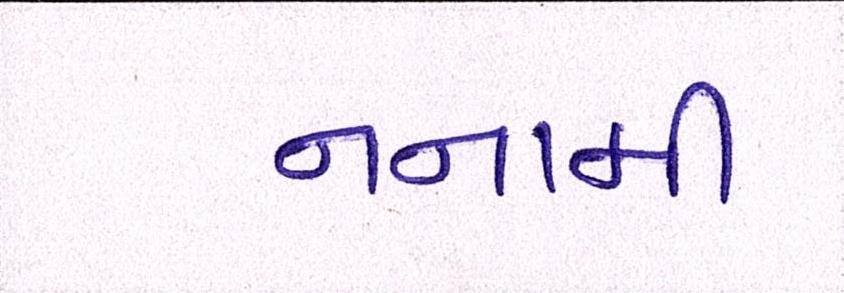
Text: નનામી